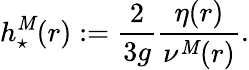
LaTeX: h_{\star}^{\mathit{M}}(r):=\displaystyle\frac{{2}}{{3g}}\frac{{\eta(r)}}{{\nu^{\mathit{M}}(r)}}.